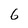
Character: 6